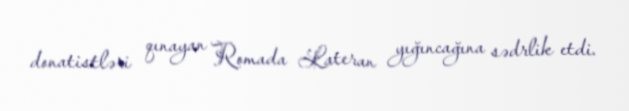
donatistləri qınayan Romada Lateran yığıncağına sədrlik etdi.